Vabadussoja_Ajaloo_Komitee, lk 86
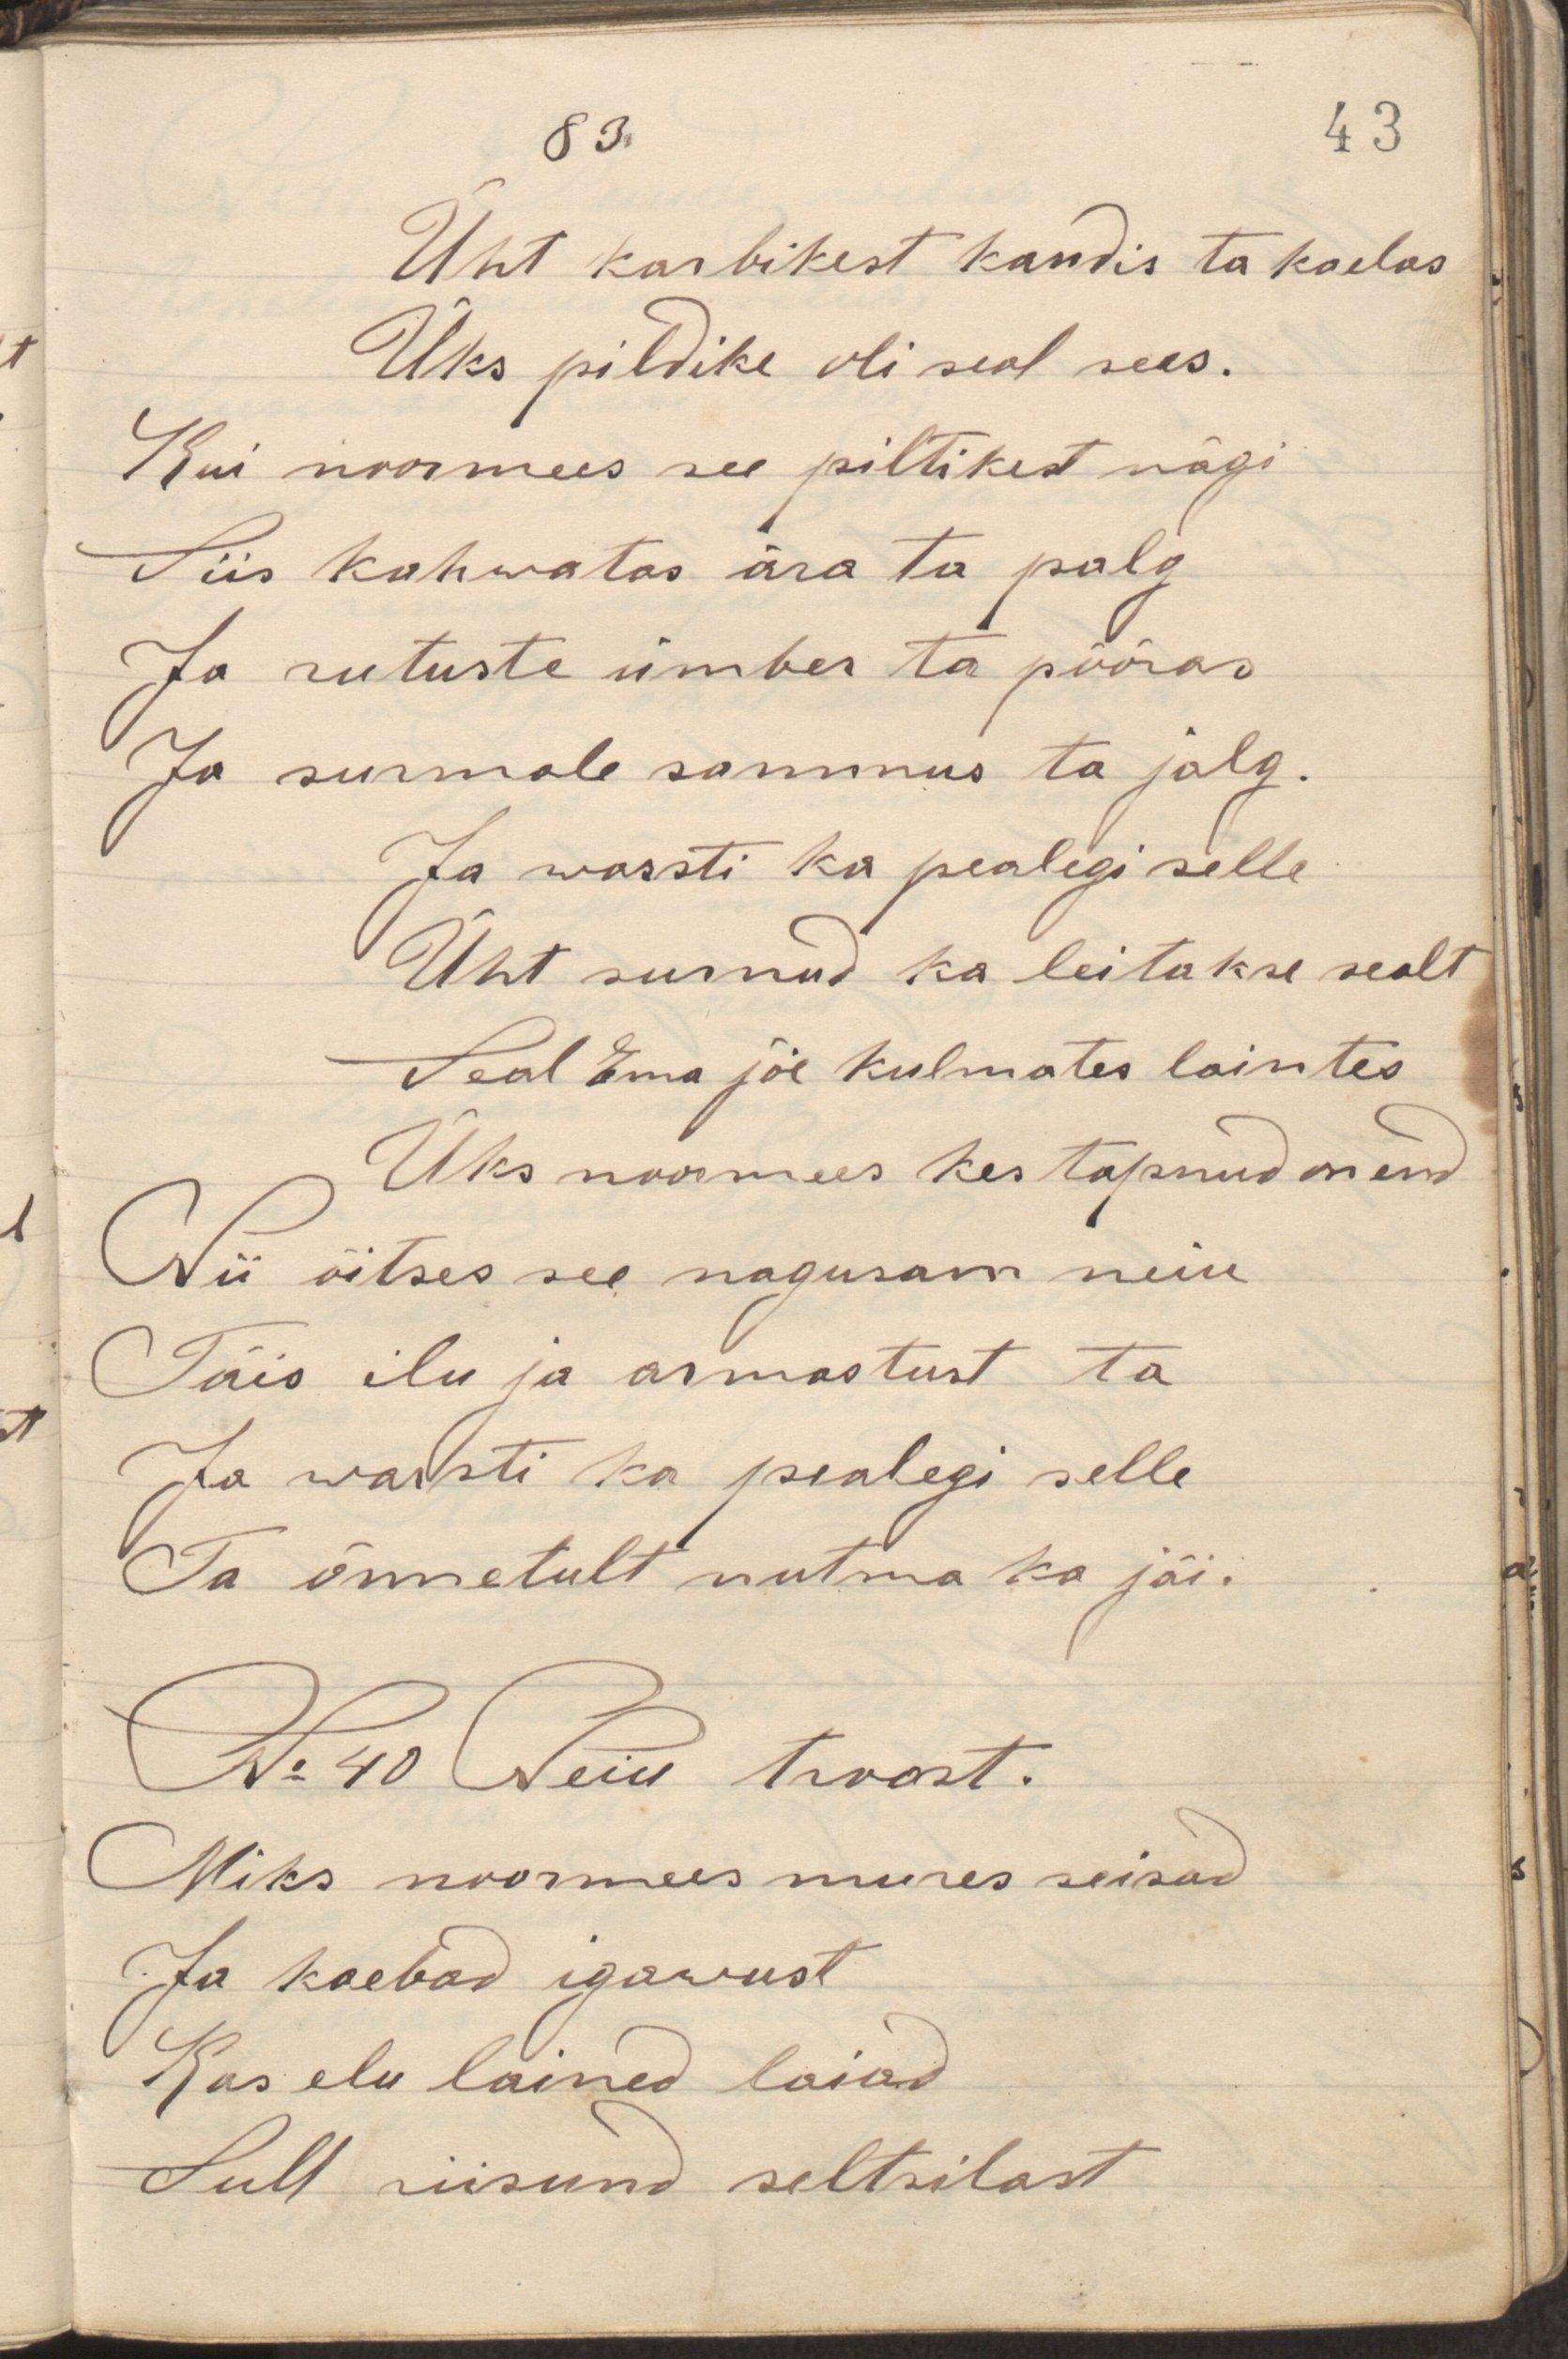
Üht karbikest kandis ta kaelas
Üks pildike oli seal sees.
Kui noormees see piltikest nägi
Siis kahwatas ära ta palg
Ja rutuste ümber ta põõras
Ja surmale sammus ta jalg
Ja warsti ka pealegi selle
Üht surnud ka leitakse sealt
Seal Ema jõe kulmates laintes
Üks noormees kes tapnud on end
Nii õitses see nagusam neiu
Täis ilu ja armastust ta
Ja warsti ka pealegi selle
Ta õnnetult nutma ka jäi.
N:40 Neiu troost.
Miks noormees mures seisad
Ja kaebad igawust
Kas elu lained laiad
Sull riisund seltsilast